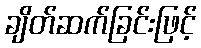
ချိတ်ဆက်ခြင်းဖြင့်